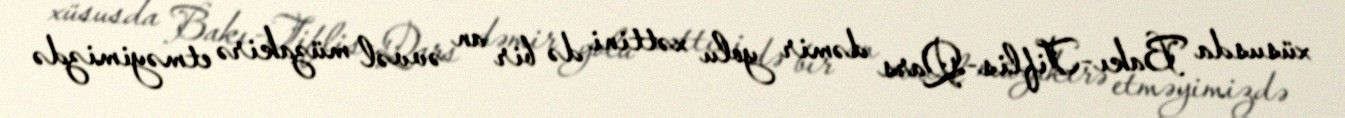
xüsusda Bakı-Tiflis-Qars dəmir yolu xəttini də bir an əvvəl müzakirə etməyimizdə